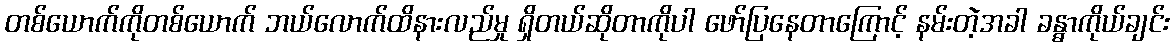
တစ်ယောက်ကိုတစ်ယောက် ဘယ်လောက်ထိနားလည်မှု ရှိတယ်ဆိုတာကိုပါ ဖော်ပြနေတာကြောင့် နမ်းတဲ့အခါ ခန္ဓာကိုယ်ချင်း